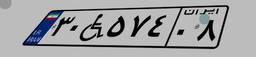
۳۰W۵۷۴۰۸